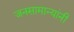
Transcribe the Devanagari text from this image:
जनसामान्यांनी